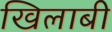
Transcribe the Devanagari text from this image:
खिलाबी